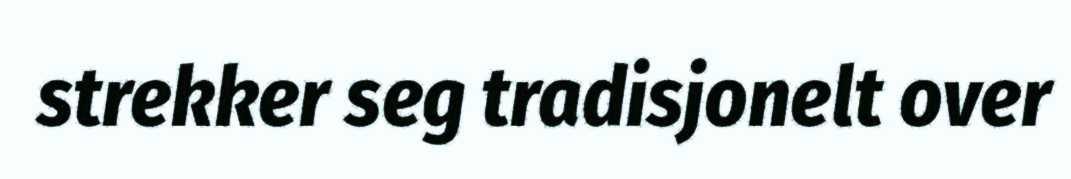
strekker seg tradisjonelt over